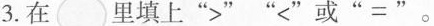
3. 在 里填上“>”“<”或“=”。